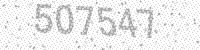
Solution: 507547